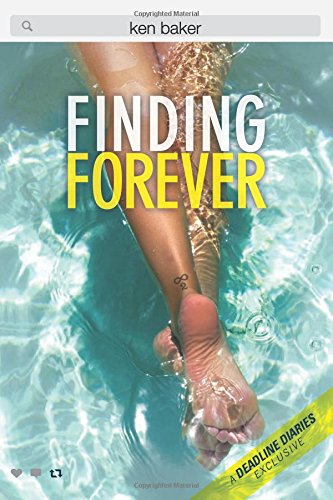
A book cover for Finding Forever: A Deadline Diaries Exclusive; Ken Baker; Teen & Young Adult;